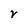
Character: v